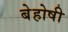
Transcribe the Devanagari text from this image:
बेहोषी